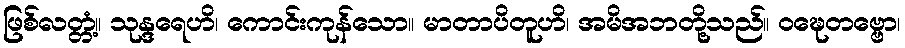
ဖြစ်လတ္တံ့။ သုန္ဒရေဟိ၊ ကောင်းကုန်သော။ မာတာပိတူဟိ၊ အမိအဘတို့သည်။ ဝဍ္ဎေတဗ္ဗော၊